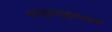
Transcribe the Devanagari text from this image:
वस्तूवस्तूंमधले